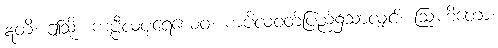
ဣတိ၊ ဤသို့။ ကပ္ပီလပုရေယေဝ၊ ကပိလဝတ်ပြည်၌သာလျှင်။ ဩဟိတော၊